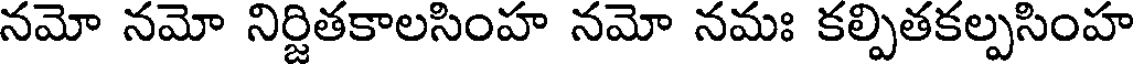
నమో నమో నిర్జితకాలసింహ నమో నమః కల్పితకల్పసింహ